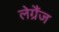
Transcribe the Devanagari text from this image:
लेग्रैंज